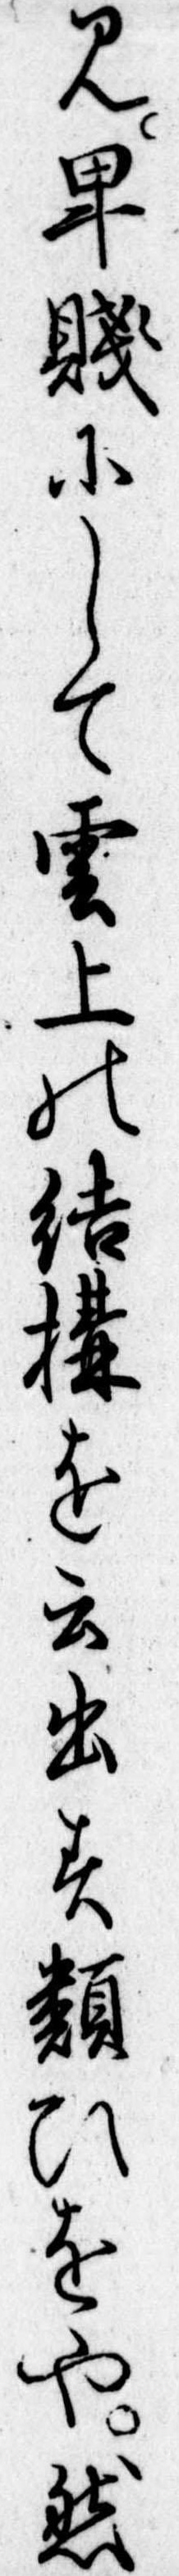
み卑賎にして雲上の結構を云出す類ひをや然